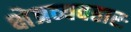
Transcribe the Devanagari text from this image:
क्षेत्रव्यवहारः